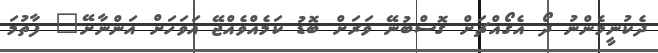
ދެކުނީމެންނު ދޯ އެގޯއްޗަށް ގޮސްބުނޭ ވަރަށް ބޮޑު ކަމެއްވެއްޖޭ އަވަހަށް އަންނާށޭ" ފާތުމަ